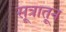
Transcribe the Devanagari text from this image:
सूत्रातून